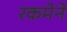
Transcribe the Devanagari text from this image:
रकमेने